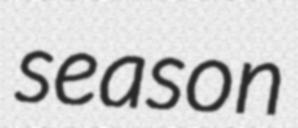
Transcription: season